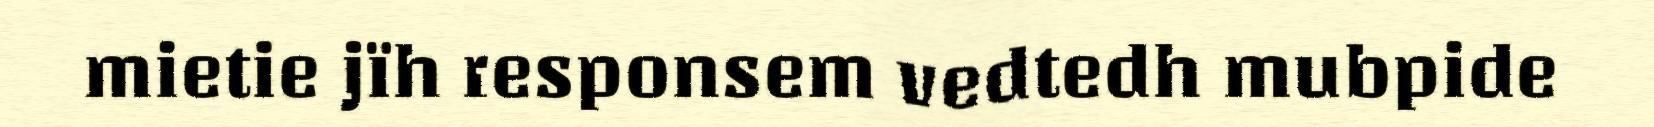
mietie jïh responsem vedtedh mubpide